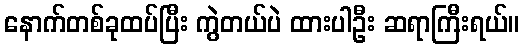
နောက်တစ်ခုထပ်ပြီး ကွဲတယ်ပဲ ထားပါဦး ဆရာကြီးရယ်။